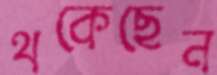
থকেছেন